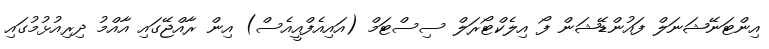
އިންޓަނޭޝަނަލް ފައުންޑޭޝަން ފޯ އިލެކްޓޯރަލް ސިސްޓަމް (އައިއެފްއީއެސް) އިން ރާއްޖޭގައި އާއްމު ދިރިއުޅުމުގައި